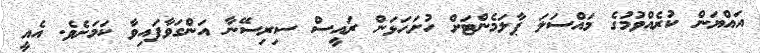
އައްޔަން ކުރެއްވުމުގެ މައްސަލަ ޕާލަމެންޓަށް ހުށަހަޅަން ރައީސް ސިރިސޭނާ އަންގަވާފައިވާ ކަމަށެވެ. އެއީ